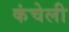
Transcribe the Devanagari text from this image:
कंचेली